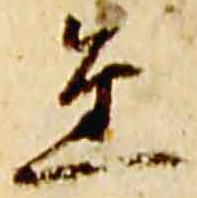
金